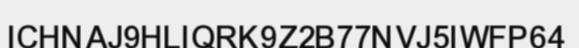
ICHNAJ9HLIQRK9Z2B77NVJ5IWFP64